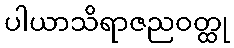
ပါယာသိရာဇညဝတ္ထု